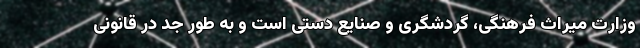
وزارت میراث فرهنگی، گردشگری و صنایع دستی است و به طور جد در قانونی